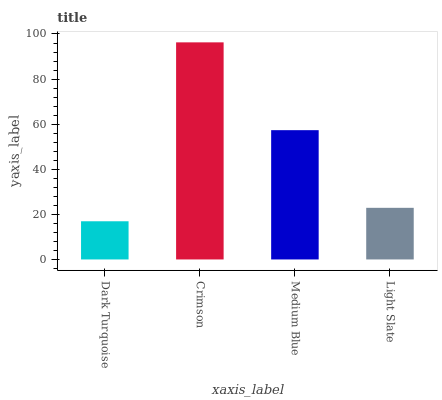
| xaxis_label | bars |
 | --- | --- |
 | Dark Turquoise | 16.9 |
 | Crimson | 96.3 |
 | Medium Blue | 57.3 |
 | Light Slate | 22.9 |